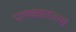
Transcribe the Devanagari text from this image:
पलक्कडच्या